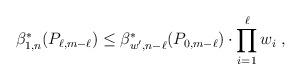
LaTeX: \begin{align*} \beta_{1,n}^*(P_{\ell,m-\ell})\leq \beta_{w',n-\ell}^*(P_{0,m-\ell}) \cdot \prod_{i=1}^{\ell}w_i \;, \end{align*}